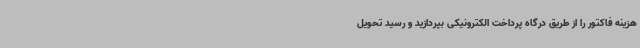
هزینه فاکتور را از طریق درگاه پرداخت الکترونیکی بپردازید و رسید تحویل